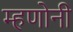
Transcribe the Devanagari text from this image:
म्हणोनी